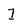
Character: I